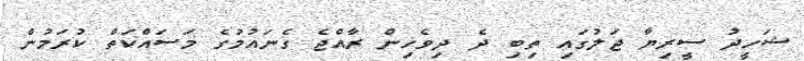
ޝަހީދު ސީރިޔާ ޖަލުގައި ތިބި ދެ ދިވެހިން ރާއްޖެ ގެނައުމުގެ މަސައްކަތް ކުރަމުން